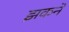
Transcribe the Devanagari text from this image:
झकने